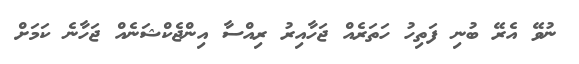
ނުވޭ އެރޭ ބުނި ފަތިހު ހަތަރެއް ޖަހާއިރު ރިއްސާ އިންޖެކްޝަނެއް ޖަހާނެ ކަމަށް